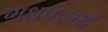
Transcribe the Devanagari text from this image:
गंधपदार्थ